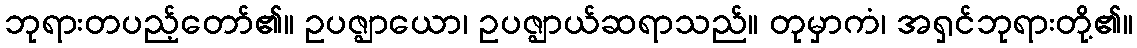
ဘုရားတပည့်တော်၏။ ဥပဇ္ဈာယော၊ ဥပဇ္ဈာယ်ဆရာသည်။ တုမှာကံ၊ အရှင်ဘုရားတို့၏။